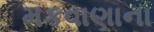
મકવાણાના